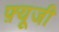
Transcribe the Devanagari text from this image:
फ़्यूजी